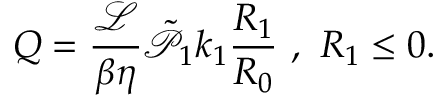
Q = \frac { \mathcal { L } } { \beta \eta } \tilde { \mathcal { P } } _ { 1 } k _ { 1 } \frac { R _ { 1 } } { R _ { 0 } } \ , \ R _ { 1 } \leq 0 .